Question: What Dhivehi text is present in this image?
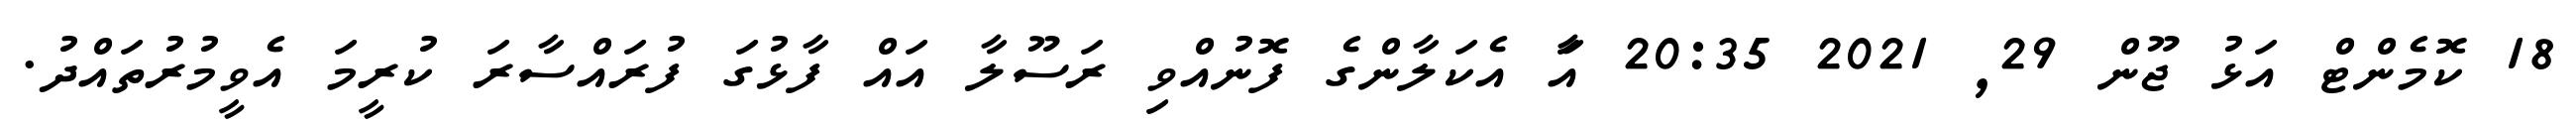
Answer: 18 ކޮމެންޓް އަޅު ޖޫން 29, 2021 20:35 އަާ އެކަލާންގެ ފޮނުއްވި ރަސޫލާ އައް ފާޅުގަ ފުރައްސާރަ ކުރީމަ އެވީމުރުތައްދު.